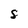
Character: S